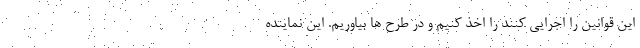
این قوانین را اجرایی کنند را اخذ کنیم و در طرح ها بیاوریم. این نماینده